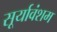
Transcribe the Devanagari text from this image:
सूर्यावंशम